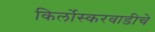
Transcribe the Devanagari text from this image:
किर्लोस्करवाडीचे